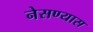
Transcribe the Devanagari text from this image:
नेसण्यास